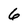
Character: 6